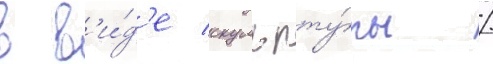
в в'и́д'е скульпту́ры /